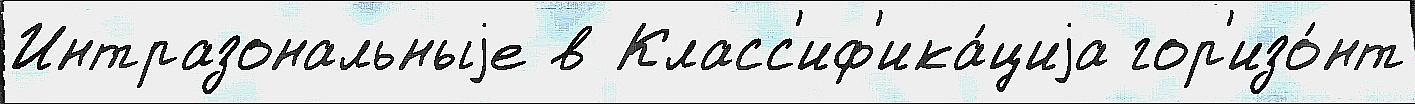
Интразональныjе в Класс'иф'ика́циjа гор'изо́нт